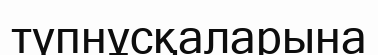
түпнұсқаларына